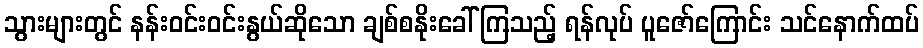
သွားများတွင် နန်းဝင်းဝင်းနွယ်ဆိုသော ချစ်စနိုးခေါ်ကြသည့် ရန်လုပ် ပူဇော်ကြောင်း သင်နောက်ထပ်